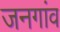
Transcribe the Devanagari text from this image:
जनगांव